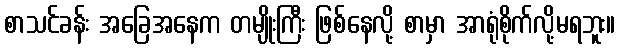
စာသင်ခန်း အခြေအနေက တမျိုးကြီး ဖြစ်နေလို့ စာမှာ အာရုံစိုက်လို့မရဘူး။